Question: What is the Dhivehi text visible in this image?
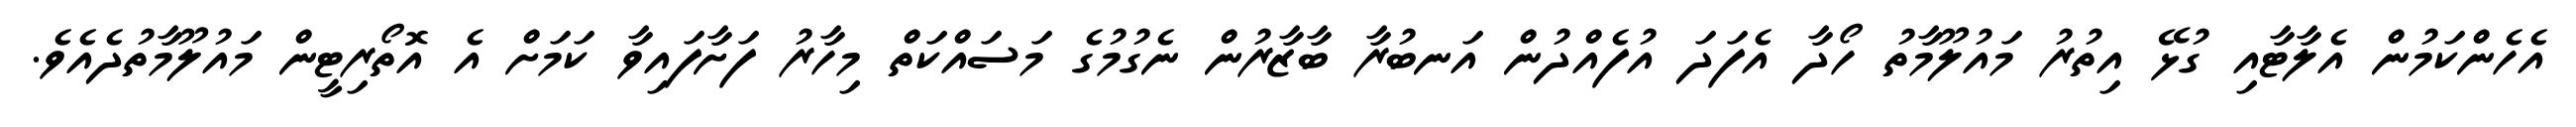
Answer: އެހެންކަމުން އެލާޓާއި ގުޅޭ އިތުރު މައުލޫމާތު ހޯދާ އެފަދަ އުފެއްދުން އަނބުރާ ބާޒާރުން ނެގުމުގެ މަސައްކަތް މިހާރު ފަށާފައިވާ ކަމަށް އެ އޮތޯރިޓީން މައުލޫމާތުދެއެވެ.